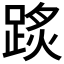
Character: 𨂂